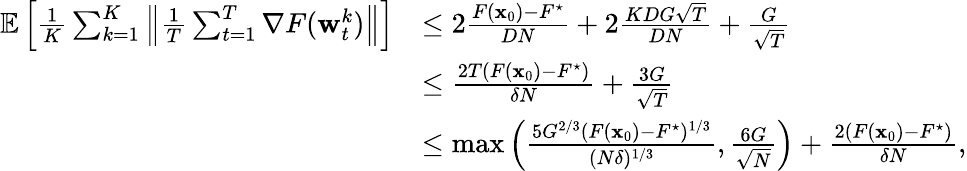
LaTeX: \begin{array}{rl}{\mathop{\mathbb{E}}\left[\frac{1}{K}\sum_{k=1}^{K}\left\| \frac{1}{T}\sum_{t=1}^{T}\nabla F({\mathbf w}_{t}^{k})\right\| \right]}&{\le 2\frac{F({\mathbf x}_{0})-F^{\star}}{DN}+2\frac{KDG\sqrt{T}}{DN}+\frac{G}{\sqrt{T}}}\\ &{\le\frac{2T(F({\mathbf x}_{0})-F^{\star})}{\delta N}+\frac{3G}{\sqrt{T}}}\\ &{\le\operatorname*{max}\left(\frac{5G^{2/3}(F({\mathbf x}_{0})-F^{\star})^{1/3}}{(N\delta)^{1/3}},\frac{6G}{\sqrt{N}}\right)+\frac{2(F({\mathbf x}_{0})-F^{\star})}{\delta N},}\end{array}